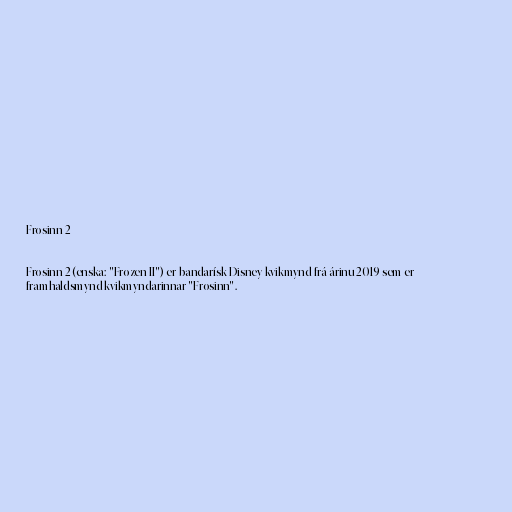
Frosinn 2

Frosinn 2 (enska: "Frozen II") er bandarísk Disney-kvikmynd frá árinu 2019 sem er
framhaldsmynd kvikmyndarinnar "Frosinn".